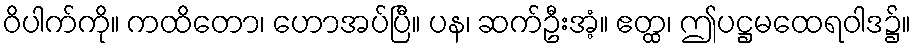
ဝိပါက်ကို။ ကထိတော၊ ဟောအပ်ပြီ။ ပန၊ ဆက်ဦးအံ့။ ဧတ္ထ၊ ဤပဋ္ဌမထေရဝါဒ၌။